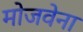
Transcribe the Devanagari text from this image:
मोजवेना